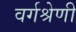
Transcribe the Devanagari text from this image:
वर्गश्रेणी